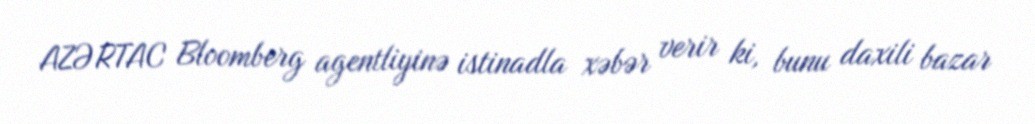
AZƏRTAC Bloomberg agentliyinə istinadla xəbər verir ki, bunu daxili bazar